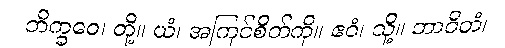
ဘိက္ခဝေ၊ တို့။ ယံ၊ အကြင်စိတ်ကို။ ဧဝံ၊ သို့။ ဘာဝိတံ၊